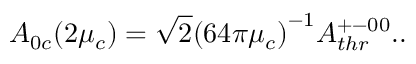
A _ { 0 c } ( 2 \mu _ { c } ) = \sqrt { 2 } { ( 6 4 \pi \mu _ { c } ) } ^ { - 1 } A _ { t h r } ^ { + - 0 0 } . .